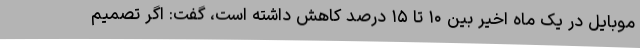
موبایل در یک ماه اخیر بین ۱۰ تا ۱۵ درصد کاهش داشته است، گفت: اگر تصمیم